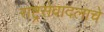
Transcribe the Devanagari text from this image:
राष्ट्रसेवादलाचे